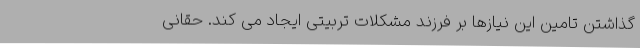
گذاشتن تامین این نیازها بر فرزند مشکلات تربیتی ایجاد می کند. حقانی